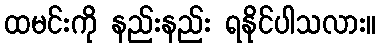
ထမင်းကို နည်းနည်း ရနိုင်ပါသလား။